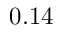
0 . 1 4